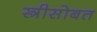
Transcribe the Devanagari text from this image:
स्त्रीसोबत